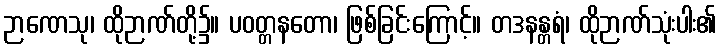
ဉာဏေသု၊ ထိုဉာဏ်တို့၌။ ပဝတ္တနတော၊ ဖြစ်ခြင်းကြောင့်။ တဒနန္တရံ၊ ထိုဉာဏ်သုံးပါး၏